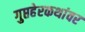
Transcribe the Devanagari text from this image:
गुप्तहेरकथांवर